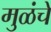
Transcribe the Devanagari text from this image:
मुळंचे